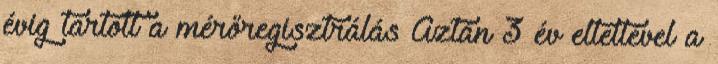
évig tartott a mérőregisztrálás Aztán 3 év elteltével a